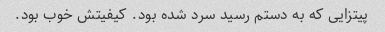
پیتزایی که به دستم رسید سرد شده بود. کیفیتش خوب بود.